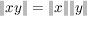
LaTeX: \| x y \| = \| x \| \| y \|